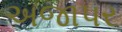
અજાપર